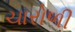
ચારોળી